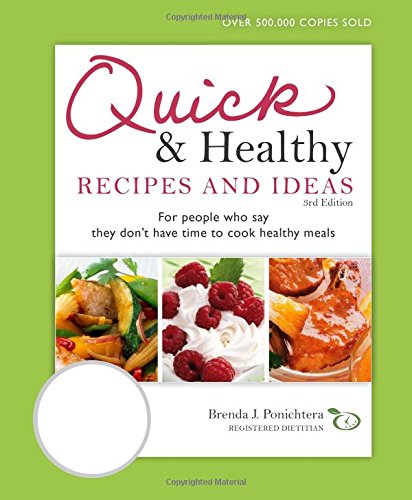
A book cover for Quick & Healthy Recipes and Ideas: For people who say they don't have time to cook healthy meals, 3rd Edition; Brenda Ponichtera; Cookbooks, Food & Wine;